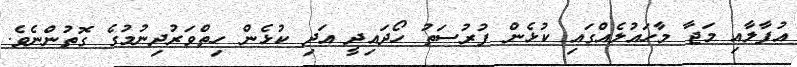
އުފާލާއި މަޖާ މާހައުލެއްގައި ކުޅެން ފުރުސަތު ހޯދައިދީ އަދި ކުޅެން ހިތްވަރުދިނުމުގެ ގޮތުންނެވެ.